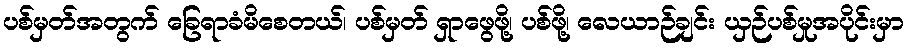
ပစ်မှတ်အတွက် ခြေရာခံမိစေတယ်၊ ပစ်မှတ် ရှာဖွေဖို့၊ ပစ်ဖို့၊ လေယာဉ်ချင်း ယှဉ်ပစ်မှုအပိုင်းမှာ